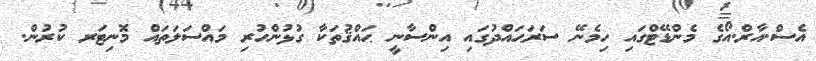
އެސް.އާރް.އޯގެ މެންޑޭޓްގައި ހިމެނޭ ސަރަޙައްދުގައި އިންސާނީ ޙައްޤުތަކާ ގުޅުންހުރި މައްސަލަތައް މޮނިޓަރ ކުރުން.